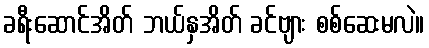
ခရီးဆောင်အိတ် ဘယ်နှအိတ် ခင်ဗျား စစ်ဆေးမလဲ။